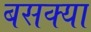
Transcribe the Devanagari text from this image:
बसक्या